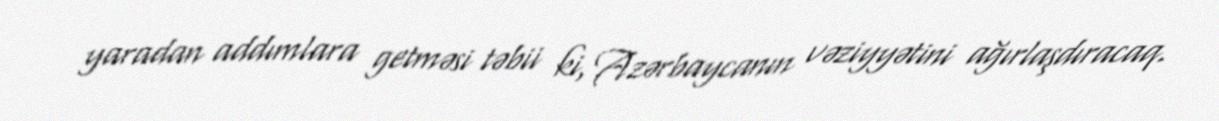
yaradan addımlara getməsi təbii ki, Azərbaycanın vəziyyətini ağırlaşdıracaq.